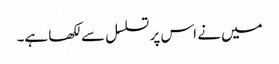
میں نے اس پر تسلسل سے لکھا ہے۔